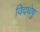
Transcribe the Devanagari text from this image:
विदथेषु